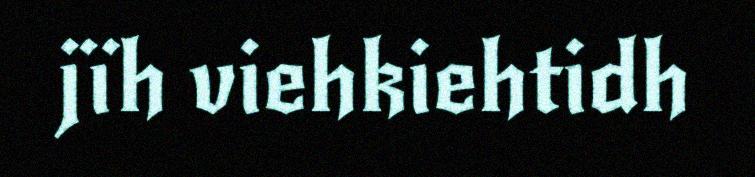
jïh viehkiehtidh